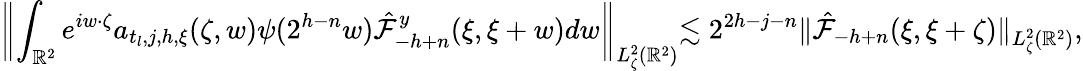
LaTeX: \biggl\| \int_{\mathbb{R}^{2}}e^{iw\cdot\zeta}a_{t_{l},j,h,\xi}(\zeta,w)\psi(2^{h-n}w)\hat{\mathcal{F}}_{-h+n}^{y}(\xi,\xi+w)dw\biggl\| _{L_{\zeta}^{2}(\mathbb{R}^{2})}\lesssim 2^{2h-j-n}\| \hat{\mathcal{F}}_{-h+n}(\xi,\xi+\zeta)\| _{L_{\zeta}^{2}(\mathbb{R}^{2})},